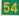
54